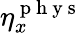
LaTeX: \eta_{x}^{\mathrm{~p~h~y~s~}}